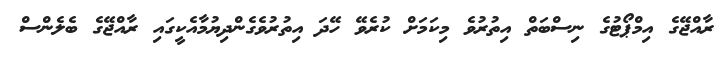
ރާއްޖޭގެ އިމްޕޯޓުގެ ނިސްބަތް އިތުރުވެ މިކަމަށް ކުރެވޭ ހޭދަ އިތުރުވެގެންދިޔުމާއެކީގައި ރާއްޖޭގެ ބެލެންސް